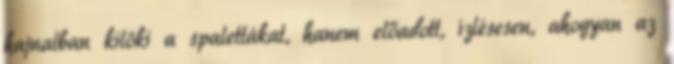
hajnalban kilöki a spalettákat, hanem előadott, ízlésesen, ahogyan az